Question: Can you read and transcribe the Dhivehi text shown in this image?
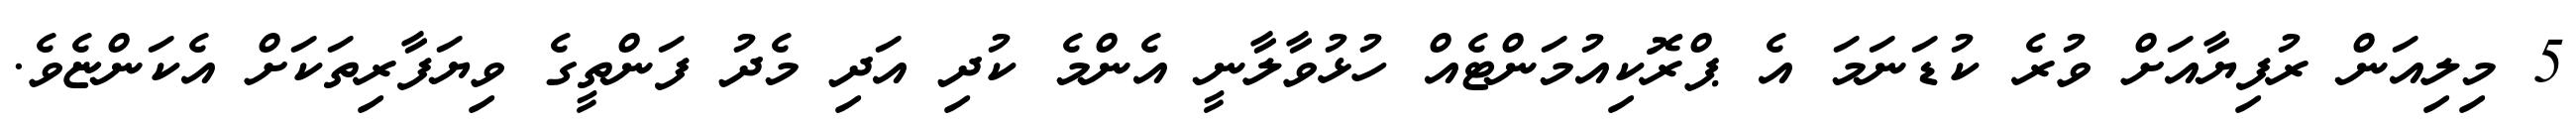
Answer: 5 މިލިއަން ރުފިޔާއަށް ވުރެ ކުޑަނަމަ އެ ޕްރޮކިއުމަންޓެއް ހުޅުވާލާނީ އެންމެ ކުދި އަދި މެދު ފަންތީގެ ވިޔަފާރިތަކަށް އެކަންޏެވެ.